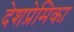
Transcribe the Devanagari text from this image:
देशप्रेमिका